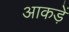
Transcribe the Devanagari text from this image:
आकड़ें